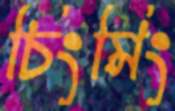
চিংমিং